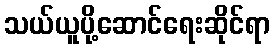
သယ်ယူပို့ဆောင်ရေးဆိုင်ရာ